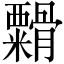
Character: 𬗁